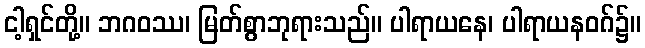
ငါ့ရှင်တို့။ ဘဂဝဿ၊ မြတ်စွာဘုရားသည်။ ပါရာယနေ၊ ပါရာယနဝဂ်၌။